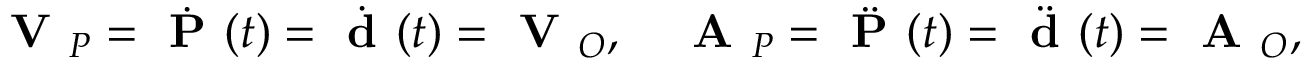
{ \textbf { V } } _ { P } = { \dot { \textbf { P } } } ( t ) = { \dot { \textbf { d } } } ( t ) = { \textbf { V } } _ { O } , \quad { \textbf { A } } _ { P } = { \ddot { \textbf { P } } } ( t ) = { \ddot { \textbf { d } } } ( t ) = { \textbf { A } } _ { O } ,